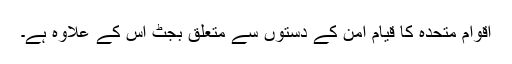
اقوام متحدہ کا قیامِ امن کے دستوں سے متعلق بجٹ اس کے علاوہ ہے۔